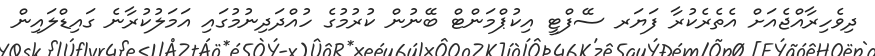
ދިވެހިރާއްޖެއަށް އެތެރެކުރާ ފަޔަރ ސޭފްޓީ އިކުޕްމަންޓް ބޭނުން ކުރުމުގެ ހުއްދަދިނުމުގައި އަމަލުކުރާނެ ގައިޑްލައިން